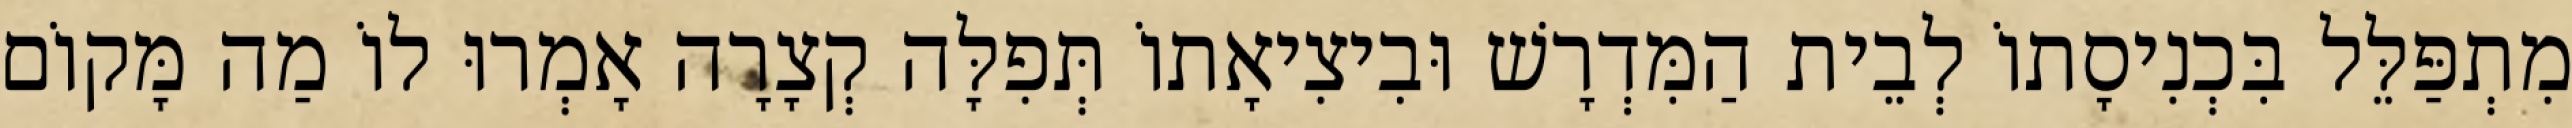
מִתְפַּלֵּל בִּכְנִיסָתוֹ לְבֵית הַמִּדְרָשׁ וּבִיצִיאָתוֹ תְּפִלָּה קְצָרָה אָמְרוּ לוֹ מַה מָּקוֹם